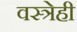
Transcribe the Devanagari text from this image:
वस्त्रेही